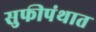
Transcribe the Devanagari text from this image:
सुफीपंथात